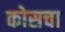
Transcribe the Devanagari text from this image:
कोसचा